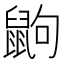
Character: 鼩